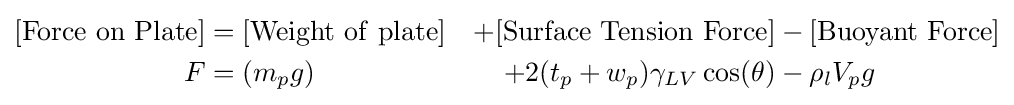
{\begin{aligned}\mathrm {[Force\ on\ Plate]} &=\mathrm {[Weight\ of\ plate]} &+\mathrm {[Surface\ Tension\ Force]} &-\mathrm {[Buoyant\ Force]} \\F&=\left(m_{p}g\right)&+2(t_{p}+w_{p})\gamma _{LV}\cos(\theta )&-\rho _{l}V_{p}g\end{aligned}}